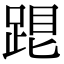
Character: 𨁞